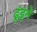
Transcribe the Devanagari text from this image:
ढूंड़ने